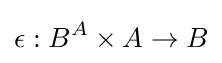
\epsilon :B^{A}\times A\rightarrow B